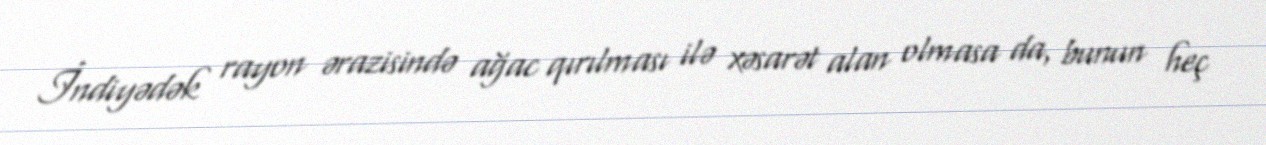
İndiyədək rayon ərazisində ağac qırılması ilə xəsarət alan olmasa da, bunun heç